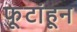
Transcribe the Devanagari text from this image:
फूटांहून